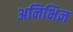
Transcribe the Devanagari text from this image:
अनिभिज्ञ